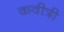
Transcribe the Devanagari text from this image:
कवीत्री